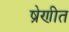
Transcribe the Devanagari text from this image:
ष्रेणीत